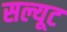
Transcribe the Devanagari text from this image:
सल्यूट